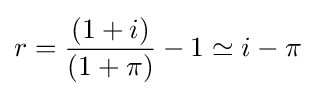
r={\frac {(1+i)}{(1+\pi )}}-1\simeq i-\pi